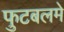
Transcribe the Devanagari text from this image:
फुटबलमे